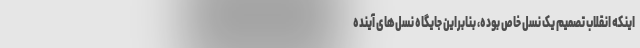
اینکه انقلاب تصمیم یک نسل خاص بوده، بنابراین جایگاه نسل‌های آینده